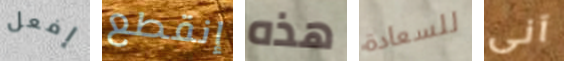
إفعل إنقطع هذه للسعادة آنى